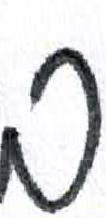
אות: ב